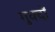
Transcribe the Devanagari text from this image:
गुक्दों